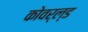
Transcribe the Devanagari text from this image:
कोवर्ल्ड